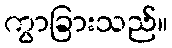
ကွာခြားသည်။